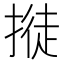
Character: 𢲛